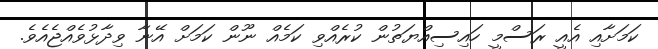
ކަމަށާއި އެއީ ރަސްމީ ހައިސިއްޔަތުން ކުރެއްވި ކަމެއް ނޫން ކަމަށް އޭނާ ވިދާޅުވެއްޖެއެވެ.